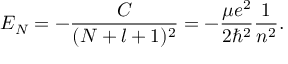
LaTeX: E _ { N } = - \frac { C } { ( N + l + 1 ) ^ { 2 } } = - \frac { \mu e ^ { 2 } } { 2 \hbar ^ { 2 } } \frac { 1 } { n ^ { 2 } } .